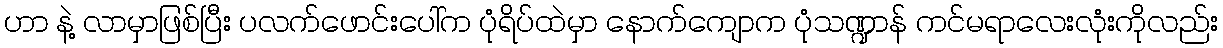
ဟာ နဲ့ လာမှာဖြစ်ပြီး ပလက်ဖောင်းပေါ်က ပုံရိပ်ထဲမှာ နောက်ကျောက ပုံသဏ္ဍာန် ကင်မရာလေးလုံးကိုလည်း